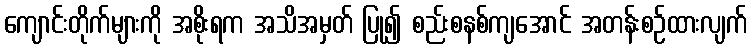
ကျောင်းတိုက်များကို အစိုးရက အသိအမှတ် ပြု၍ စည်းစနစ်ကျအောင် အတန်းစဉ်ထားလျက်